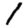
Digit: 1